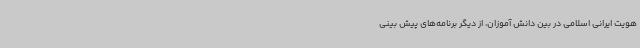
هویت ایرانی اسلامی در بین دانش آموزان، از دیگر برنامه‌های پیش بینی